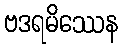
ဗဒရမိဿေန